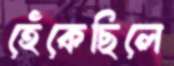
হেঁকেছিলে